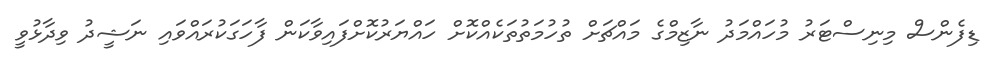
ޑިފެންސް މިނިސްޓަރު މުހައްމަދު ނާޒިމްގެ މައްޗަށް ތުހުމަތުތަކެއްކޮށް ހައްޔަރުކޮށްފައިވާކަން ފާހަގަކުރައްވައި ނަޝީދު ވިދާޅުވީ